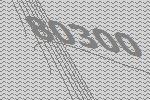
80300